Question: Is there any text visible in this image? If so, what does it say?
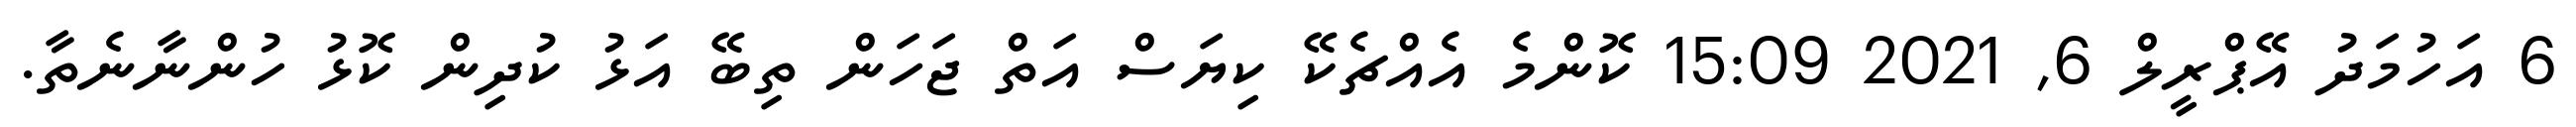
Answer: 6 އަހުމަދު އޭޕްރީލް 6, 2021 15:09 ކޮންމެ އެއްޗެކޭ ކިޔަސް އަތް ޖަހަން ތިބޭ އަޅު ކުދިން ކޮޅު ހުންނާނެތާ.